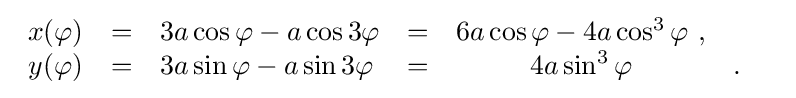
{\begin{array}{cclcccc}x(\varphi )&=&3a\cos \varphi -a\cos 3\varphi &=&6a\cos \varphi -4a\cos ^{3}\varphi \ ,&&\\y(\varphi )&=&3a\sin \varphi -a\sin 3\varphi &=&4a\sin ^{3}\varphi &.&\end{array}}